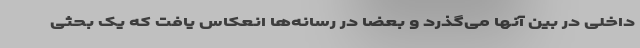
داخلی در بین آنها می‌گذرد و بعضا در رسانه‌ها انعکاس یافت که یک بحثی